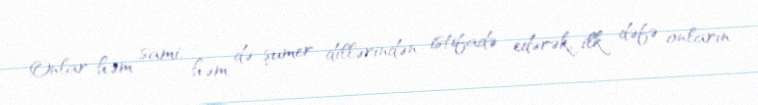
Onlar həm sami, həm də şumer dillərindən istifadə edərək, ilk dəfə onların